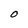
Character: O